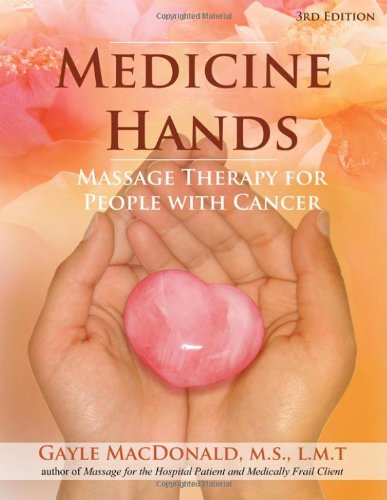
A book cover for Medicine Hands: Massage Therapy for People with Cancer; Gayle MacDonald; Medical Books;